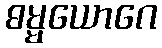
ဓမ္မယောဂေ